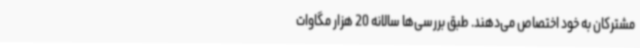
مشترکان به خود اختصاص می‌دهند. طبق بررسی‌ها سالانه 20 هزار مگاوات